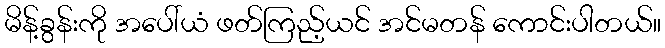
မိန့်ခွန်းကို အပေါ်ယံ ဖတ်ကြည့်ယင် အင်မတန် ကောင်းပါတယ်။